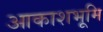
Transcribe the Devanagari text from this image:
आकाशभूमि